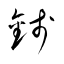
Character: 銭